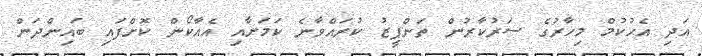
އަދި އެޙުކުމް މިހާރުގެ ސަރުކާރުން ތަންފީޒު ކުރައްވާނެ ކަމަށާއި އެއާކޯން ކޮށްފައި ބައިންދަން